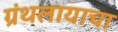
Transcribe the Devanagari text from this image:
ग्रंथलायाचा